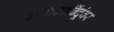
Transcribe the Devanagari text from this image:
नलिकाबिंदूंवर